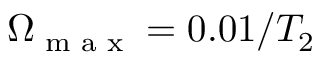
\Omega _ { \textrm { m a x } } = 0 . 0 1 / T _ { 2 }